Insane asylums in Bengal annual reports 1867-1875 - 1867-1875
Year: 1867
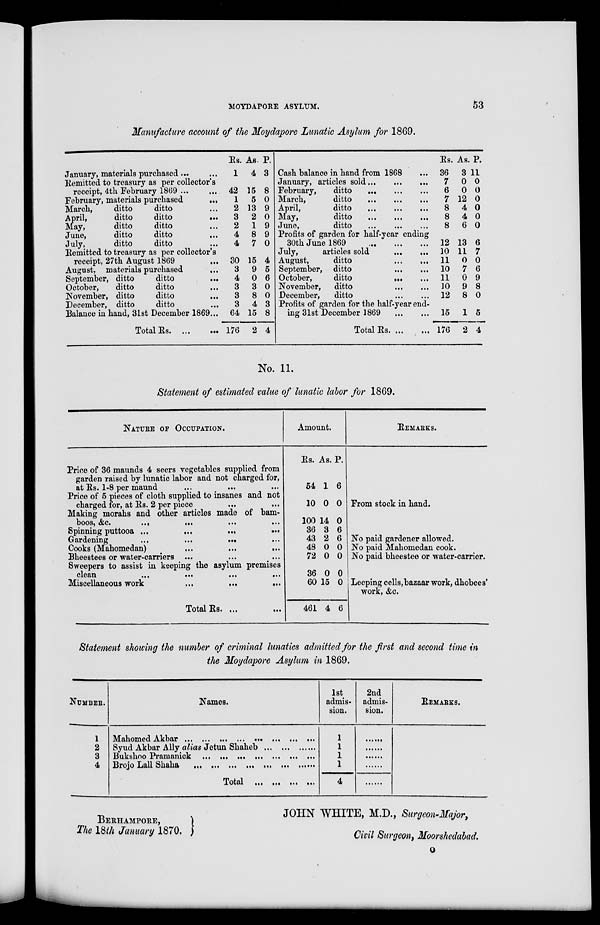
MOYDAPORE ASYLUM.
53
Manufacture account of the Moydapore Lunatic Asylum for 1869.
January, materials purchased ... ...
Remitted to treasury as per collector's
receipt, 4th February 1869 ...
February, materials purchased
...
March,
ditto
ditto ...
April,
ditto
ditto
...
May,
ditto
ditto ...
June,
ditto
ditto ...
July,
ditto
ditto ...
Remitted to treasury as per collector's
receipt, 27th August 1869
...
August, materials purchased ...
September, ditto
ditto ...
October,
ditto
ditto
...
November, ditto
ditto ...
December, ditto
ditto ...
Balance in hand, 31st December 1869...
Total Rs. ...
...
Rs.
1
42
1
2
3
2
4
4
30
3
4
3
3
3
64
176
As.
4
15
5
13
2
1
8
7
15
9
0
3
8
4
15
2
P.
3
8
0
9
0
9
9
0
4
5
6
0
0
3
8
4
Cash balance in hand from 1868
January, articles sold ... ... ...
February,
ditto
...
...
...
March,
ditto
...
...
...
April,
ditto
...
...
...
May,
ditto
...
...
...
June,
ditto
...
...
...
Profits of garden for half-year ending
30th June 1869 ... ... ...
July,
articles sold
...
...
August,
ditto
...
...
September, ditto ... ...
October,
ditto
...
...
November,
ditto
...
...
December,
ditto
...
...
Profits of garden for the half-year end-
ing 31st December 1869
...
...
Total Rs. ... ...
Rs.
36
7
6
7
8
8
8
12
10
11
10
11
10
12
15
176
As.
3
0
0
12
4
4
6
13
11
0
7
0
9
8
1
2
P.
11
0
0
0
0
0
0
6
7
0
6
9
8
0
5
4
No. 11.
Statement of estimated value of lunatic labor for 1869.
NATURE OF OCCUPATION.
Price of 36 maunds 4 seers vegetables supplied from
garden raised by lunatic labor and not charged for,
at Rs. 1-8 per maund ... ... ... ...
Price of 5 pieces of cloth supplied to insanes and not
charged for, at Rs. 2 per piece... ...
Making morahs and other articles made of bam-
boos, &c.
...
...
...
...
Spinning puttooa ...
...
...
...
Gardening
...
...
...
Cooks (Mahomedan)
...
...
...
Bheestees or water-carriers ...
Sweepers to assist in keeping the asylum premises
clean
...
...
...
...
Miscellaneous work
...
...
...
Total Rs. ...
Amount.
Rs.
54
10
100
36
43
48
72
36
60
461
As.
1
0
14
3
2
0
0
0
15
4
P.
6
0
0
6
6
0
0
0
0
6
REMARKS.
From stock in hand.
No paid gardener allowed.
No paid Mahomedan cook.
No paid bheestee or water-carrier.
Leeping cells,bazaar work, dhobees'
work, &c.
Statement showing the number of criminal lunatics admitted for the first and second time in
the Moydapore Asylum in 1869.
NUMBER.
1
2
3
4
Names.
Mahomed Akbar ... ... ... ... ... ... ...
Syud Akbar Ally alias Jetun Shaheb ... ... ... ...
Bukshoo Pramanick
... ... ...
... ...
Brojo Lall Shaha
... ... ... ...
TOTAL ...
... ... ...
1st
admis-
sion.
1
1
1
1
4
2nd
admis-
sion.
......
......
......
......
......
REMARKS.
BERHAMPORE,
The 18th January 1870.
JOHN WHITE, M.D., Surgeon-Major,
Civil Surgeon, Moorshedabad.
o